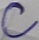
Text: C